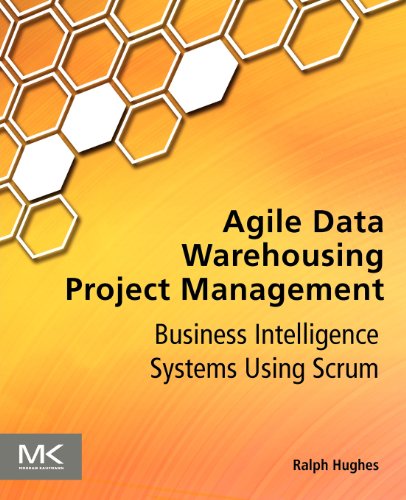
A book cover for Agile Data Warehousing Project Management: Business Intelligence Systems Using Scrum; Ralph Hughes; Computers & Technology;